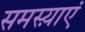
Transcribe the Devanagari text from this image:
समस्य़ाएं